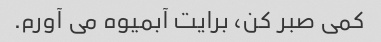
کمی صبر کن، برایت آبمیوه می آورم.